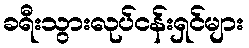
ခရီးသွားလုပ်ငန်းရှင်များ